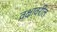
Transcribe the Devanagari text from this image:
वक्षावरील